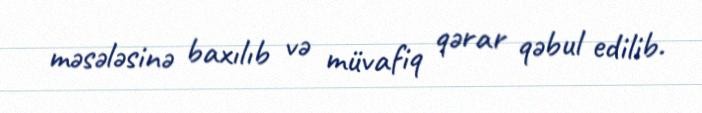
məsələsinə baxılıb və müvafiq qərar qəbul edilib.